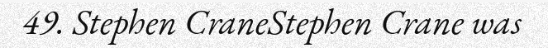
49. Stephen CraneStephen Crane was